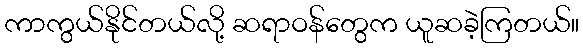
ကာကွယ်နိုင်တယ်လို့ ဆရာဝန်တွေက ယူဆခဲ့ကြတယ်။